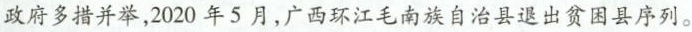
政府多措并举，2020年5月，广西环江毛南族自治县退出贫困县序列。